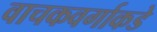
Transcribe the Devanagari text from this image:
वाचकवर्गाकडे